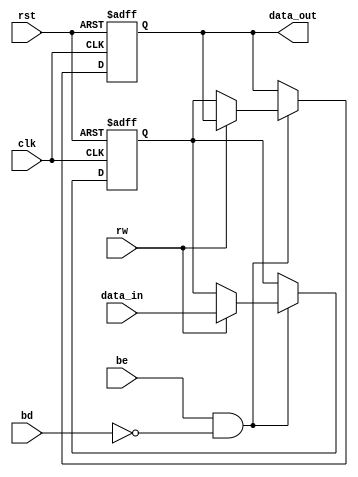
module memory_block (
    input wire clk,
    input wire rst,
    input wire [7:0] data_in,
    output reg [7:0] data_out,
    input wire be, // Block Enable
    input wire bd, // Block Disable
    input wire rw // Read/Write Control
);
    reg [7:0] mem; // Memory storage

    always @(posedge clk or posedge rst) begin
        if (rst) begin
            mem <= 8'b0; // Reset memory
            data_out <= 8'b0;
        end else if (be && !bd) begin
            if (rw) begin
                mem <= data_in; // Write operation
            end else begin
                data_out <= mem; // Read operation
            end
        end
    end
endmodule